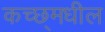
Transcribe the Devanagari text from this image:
कच्छ्मधील